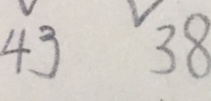
4 3 3 8